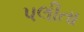
પલીતા